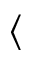
\langle